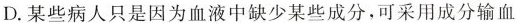
D. 某些病人只是因为血液中缺少某些成分，可采用成分输血